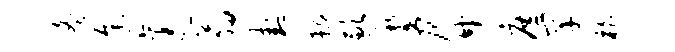
冬途袤翁卦耨歉新危廿庶罕柏